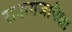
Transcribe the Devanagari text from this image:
रामायणापेक्षा